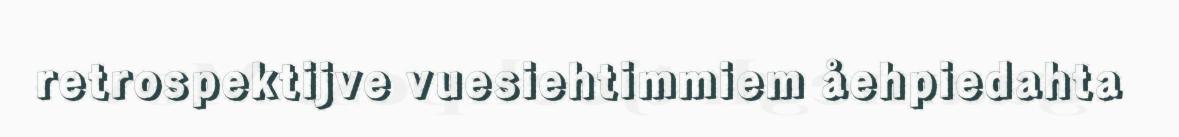
retrospektijve vuesiehtimmiem åehpiedahta